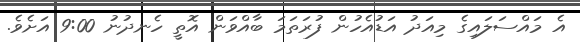
އެ މައްސަލައިގެ މިއަދު އަޑުއެހުން ފުރަތަމަ ބާއްވަން އޮތީ ހެނދުނު 9:00 އަށެވެ.